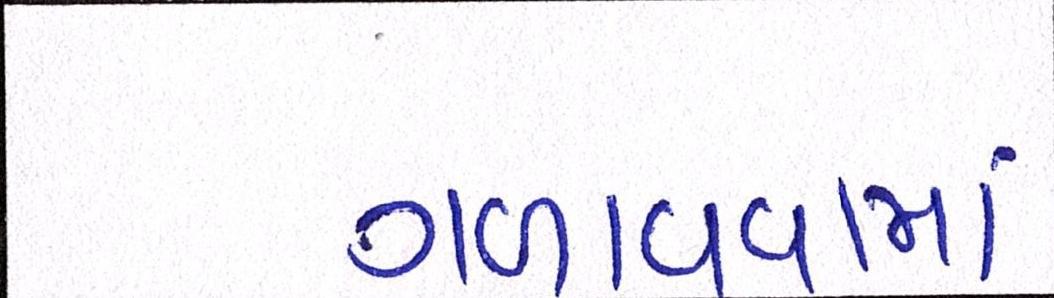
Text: ગળાવવામાં